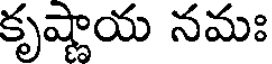
కృష్ణాయ నమః